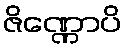
ဇိဏ္ဏောပိ